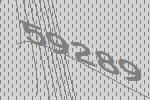
59289